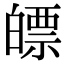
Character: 𤾛